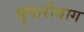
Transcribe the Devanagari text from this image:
सुपारीबाग